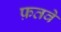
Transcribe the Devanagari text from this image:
फ़तवे